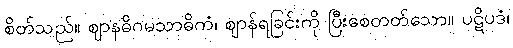
စိတ်သည်။ ဈာနဓိဂမသာဓိကံ၊ ဈာန်ရခြင်းကို ပြီးစေတတ်သော။ ပဋိပဒံ၊